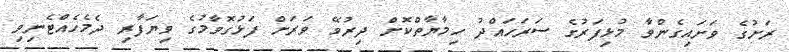
ރަށުގެ ވަށައިގެންވާ މުޅިފަރުގެ ސަރަހައްދު ހިމާޔާތްކޮށް ދިރުވޭ ވަރަށް ފަޅުގޮވާމުގެ ވިޔަފާރި ދެމެހެއްޓެނިވި